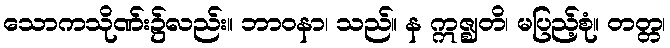
သောကသိုဏ်း၌လည်း။ ဘာဝနာ၊ သည်။ န ဣဇ္ဈတိ၊ မပြည့်စုံ။ တတ္တ၊